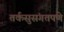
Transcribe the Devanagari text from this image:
तर्कसुसंगतपणे